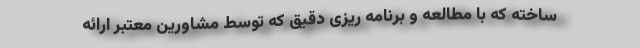
ساخته که با مطالعه و برنامه ریزی دقیق که توسط مشاورین معتبر ارائه